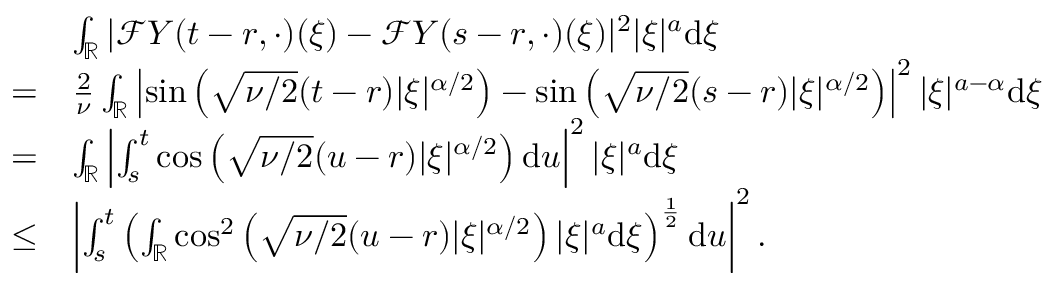
\begin{array} { r l } & { \int _ { \mathbb { R } } | \mathcal { F } Y ( t - r , \cdot ) ( \xi ) - \mathcal { F } Y ( s - r , \cdot ) ( \xi ) | ^ { 2 } | \xi | ^ { a } \ensuremath { \mathrm { d } } \xi } \\ { = } & { \frac 2 \nu \int _ { \mathbb { R } } \left| \sin \left( \sqrt { \nu / 2 } ( t - r ) | \xi | ^ { \alpha / 2 } \right) - \sin \left( \sqrt { \nu / 2 } ( s - r ) | \xi | ^ { \alpha / 2 } \right) \right| ^ { 2 } | \xi | ^ { a - \alpha } \ensuremath { \mathrm { d } } \xi } \\ { = } & { \int _ { \mathbb { R } } \left| \int _ { s } ^ { t } \cos \left( \sqrt { \nu / 2 } ( u - r ) | \xi | ^ { \alpha / 2 } \right) \ensuremath { \mathrm { d } } u \right| ^ { 2 } | \xi | ^ { a } \ensuremath { \mathrm { d } } \xi } \\ { \le } & { \left| \int _ { s } ^ { t } \left( \int _ { \mathbb { R } } \cos ^ { 2 } \left( \sqrt { \nu / 2 } ( u - r ) | \xi | ^ { \alpha / 2 } \right) | \xi | ^ { a } \ensuremath { \mathrm { d } } \xi \right) ^ { \frac { 1 } { 2 } } \ensuremath { \mathrm { d } } u \right| ^ { 2 } . } \end{array}